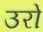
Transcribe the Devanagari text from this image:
उरो